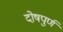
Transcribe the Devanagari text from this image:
दोषपुर्ण